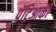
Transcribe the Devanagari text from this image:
पॅट्रिआर्की